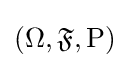
(\Omega ,{\mathfrak {F}},\operatorname {P} )